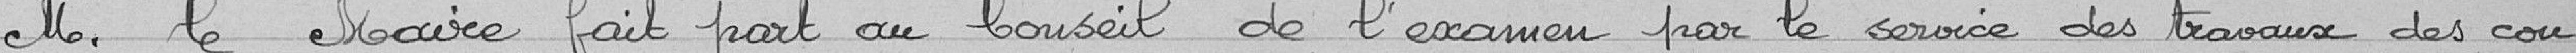
Monsieur le Maire fait part au Conseil de l'examen par le service des travaux des con-